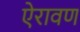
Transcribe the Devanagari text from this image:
ऐरावण